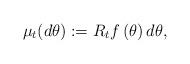
LaTeX: \begin{align*}\mu_t(d\theta) :=R_t f\left( \theta \right) d\theta,\end{align*}